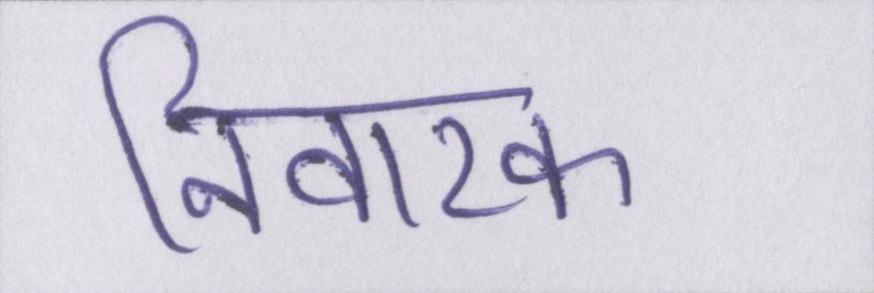
निवारक